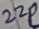
Text: 220